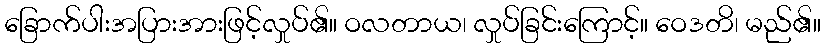
ခြောက်ပါးအပြားအားဖြင့်လှုပ်၏။ ဝလတာယ၊ လှုပ်ခြင်းကြောင့်။ ဝေဒတိ၊ မည်၏။